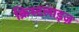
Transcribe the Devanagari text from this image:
क्रिस्टलाइज़